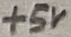
Text: +5V